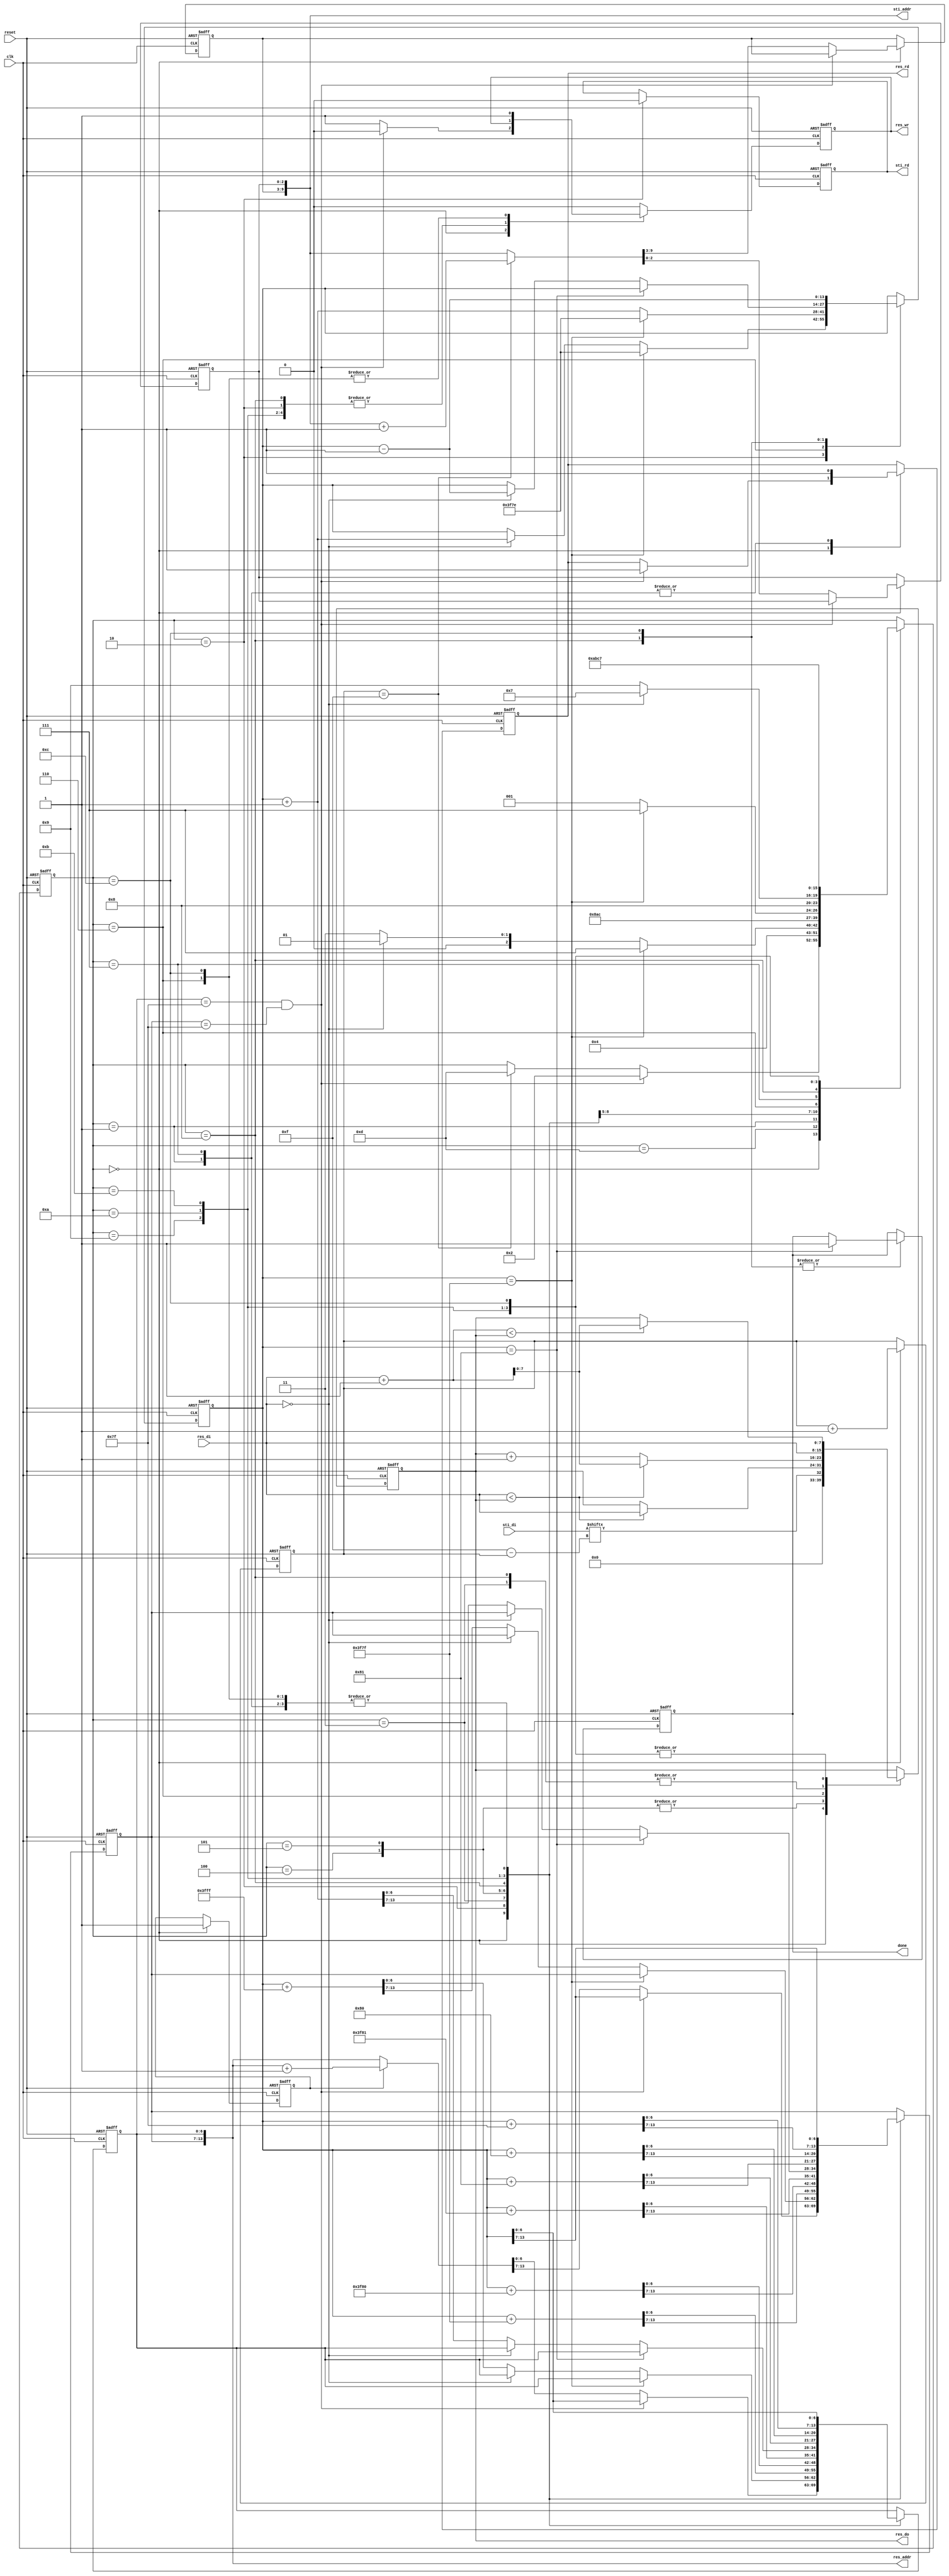
module DT(
	input 			clk, 
	input			reset,
	output	reg		done ,
	output	reg		sti_rd ,
	output	wire 	[9:0]	sti_addr ,
	input			[15:0]	sti_di,
	output	reg		res_wr ,
	output	reg		res_rd ,
	output	wire 	[13:0]	res_addr ,
	output	reg 	[7:0]	res_do,
	input		[7:0]	res_di
	);

localparam W = -1;
localparam NW = -129;
localparam N = -128;
localparam NE = -127;
localparam E = 1;
localparam SW = 127;
localparam S = 128;
localparam SE = 129;

reg [3:0] cur_state, next_state;

reg [2:0] rom_x;
reg [6:0] rom_y;
reg [6:0] ram_x;
reg [6:0] ram_y;
reg [13:0] pivot;
reg [3:0] count;
reg en;
assign res_addr = {ram_y, ram_x};
assign sti_addr = {rom_y, rom_x};

always @(*) begin
	next_state = cur_state;
	case (cur_state)
		0: begin
			if (ram_x == 127 && ram_y == 127) next_state = 2;
			else if (count == 15) next_state = 13; 
		end
		13: next_state = 0;
		1: next_state = 2;
		2: begin
			if (pivot == 16255) next_state = 7;
			else next_state = (res_di == 0) ? 1 : 3;
		end
		3: next_state = 4;
		4: next_state = 5;
		5: next_state = 6; 
		6: next_state = (pivot == 16255) ? 7 : 1;
		7: next_state = 8;
		8: next_state = (res_di == 0) ? 7 : 9;
		9: next_state = 10;
		10: next_state = 11;
		11: next_state = 12;
		12: next_state = 7; 
	endcase
end

always @(posedge clk or negedge reset) begin
	if(!reset) 
	begin
		done <= 0;
		sti_rd <= 1;
		res_wr <= 0;
		res_rd <= 0;
		res_do <= 0;
		rom_x <= 0;
		rom_y <= 1;
		ram_x <= 0;
		ram_y <= 1;
		count <= 0;
		pivot <= 129;
		en <= 0;
	end
	else 
	begin
		case(cur_state)
			0: begin // read one line
				res_do <= sti_di[15 - count];
				count <= count + 1;
				if (ram_x == 127 && ram_y == 127) begin
					res_wr <= 0;
					res_rd <= 1;
					{ram_y, ram_x} <= pivot;
				end
				else begin
					res_wr <= 1;
					{ram_y, ram_x} <= (en) ? {ram_y, ram_x} + 1 : {ram_y, ram_x};
					{rom_y, rom_x} <= (count == 15) ? {rom_y, rom_x} + 1 : {rom_y, rom_x};
				end
				en <= 1;
			end
			13: begin
				res_wr <= 0;
			end
			1: begin
				res_wr <= 0;
				res_rd <= 1;
				{ram_y, ram_x} <= pivot; // 2(res_di) == Center
			end
			2:begin
				sti_rd <= 0;
				if (pivot == 16255)  pivot <= 16254;
				else if(res_di == 0) pivot <= pivot + 1;
				else {ram_y, ram_x} <= pivot + W;
			end
			3:begin
				res_do <= res_di;
				{ram_y, ram_x} <= pivot + NW;
			end
			4:begin
				if (res_di < res_do) res_do <= res_di;
				{ram_y, ram_x} <= pivot + N;
			end
			5:begin
				if (res_di < res_do) res_do <= res_di;
				{ram_y, ram_x} <= pivot + NE;
			end
			6:begin
				res_wr <= 1;
				if (res_di < res_do) res_do <= res_di + 1;
				else res_do <= res_do + 1;
				{ram_y, ram_x} <= pivot;
				pivot <= (pivot == 16255) ? 16254: pivot + 1;
			end
			7: begin
				res_wr <= 0;
				res_rd <= 1;
				{ram_y, ram_x} <= pivot;
			end
			8: begin
				res_do <= res_di;
				if (pivot == 129) done <= 1;
				else if(res_di == 0) pivot <= pivot - 1;
				else {ram_y, ram_x} <= pivot + E;  // 2(res_di) == Center
			end
			9: begin
			  	if (res_di + 1 < res_do) res_do <= res_di + 1;
				{ram_y, ram_x} <= pivot + SE;
			end
			10: begin
				if (res_di + 1 < res_do) res_do <= res_di + 1;
				{ram_y, ram_x} <= pivot + S;
			end
			11: begin
				if (res_di + 1 < res_do) res_do <= res_di + 1;
				{ram_y, ram_x} <= pivot + SW;
			end
			12:begin
				res_wr <= 1;
				if (res_di + 1 < res_do) res_do <= res_di + 1;
				else res_do <= res_do;
				{ram_y, ram_x} <= pivot;
				if(pivot == 129) done <= 1;
				pivot <= pivot - 1;
			end
			default: begin
				res_wr <= 0;
			end
		endcase
	end
end

always @(posedge clk or negedge reset) begin
	if (!reset) cur_state <= 0;
	else cur_state <= next_state;
end
endmodule